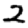
Digit: 2